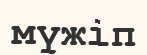
мүжіп